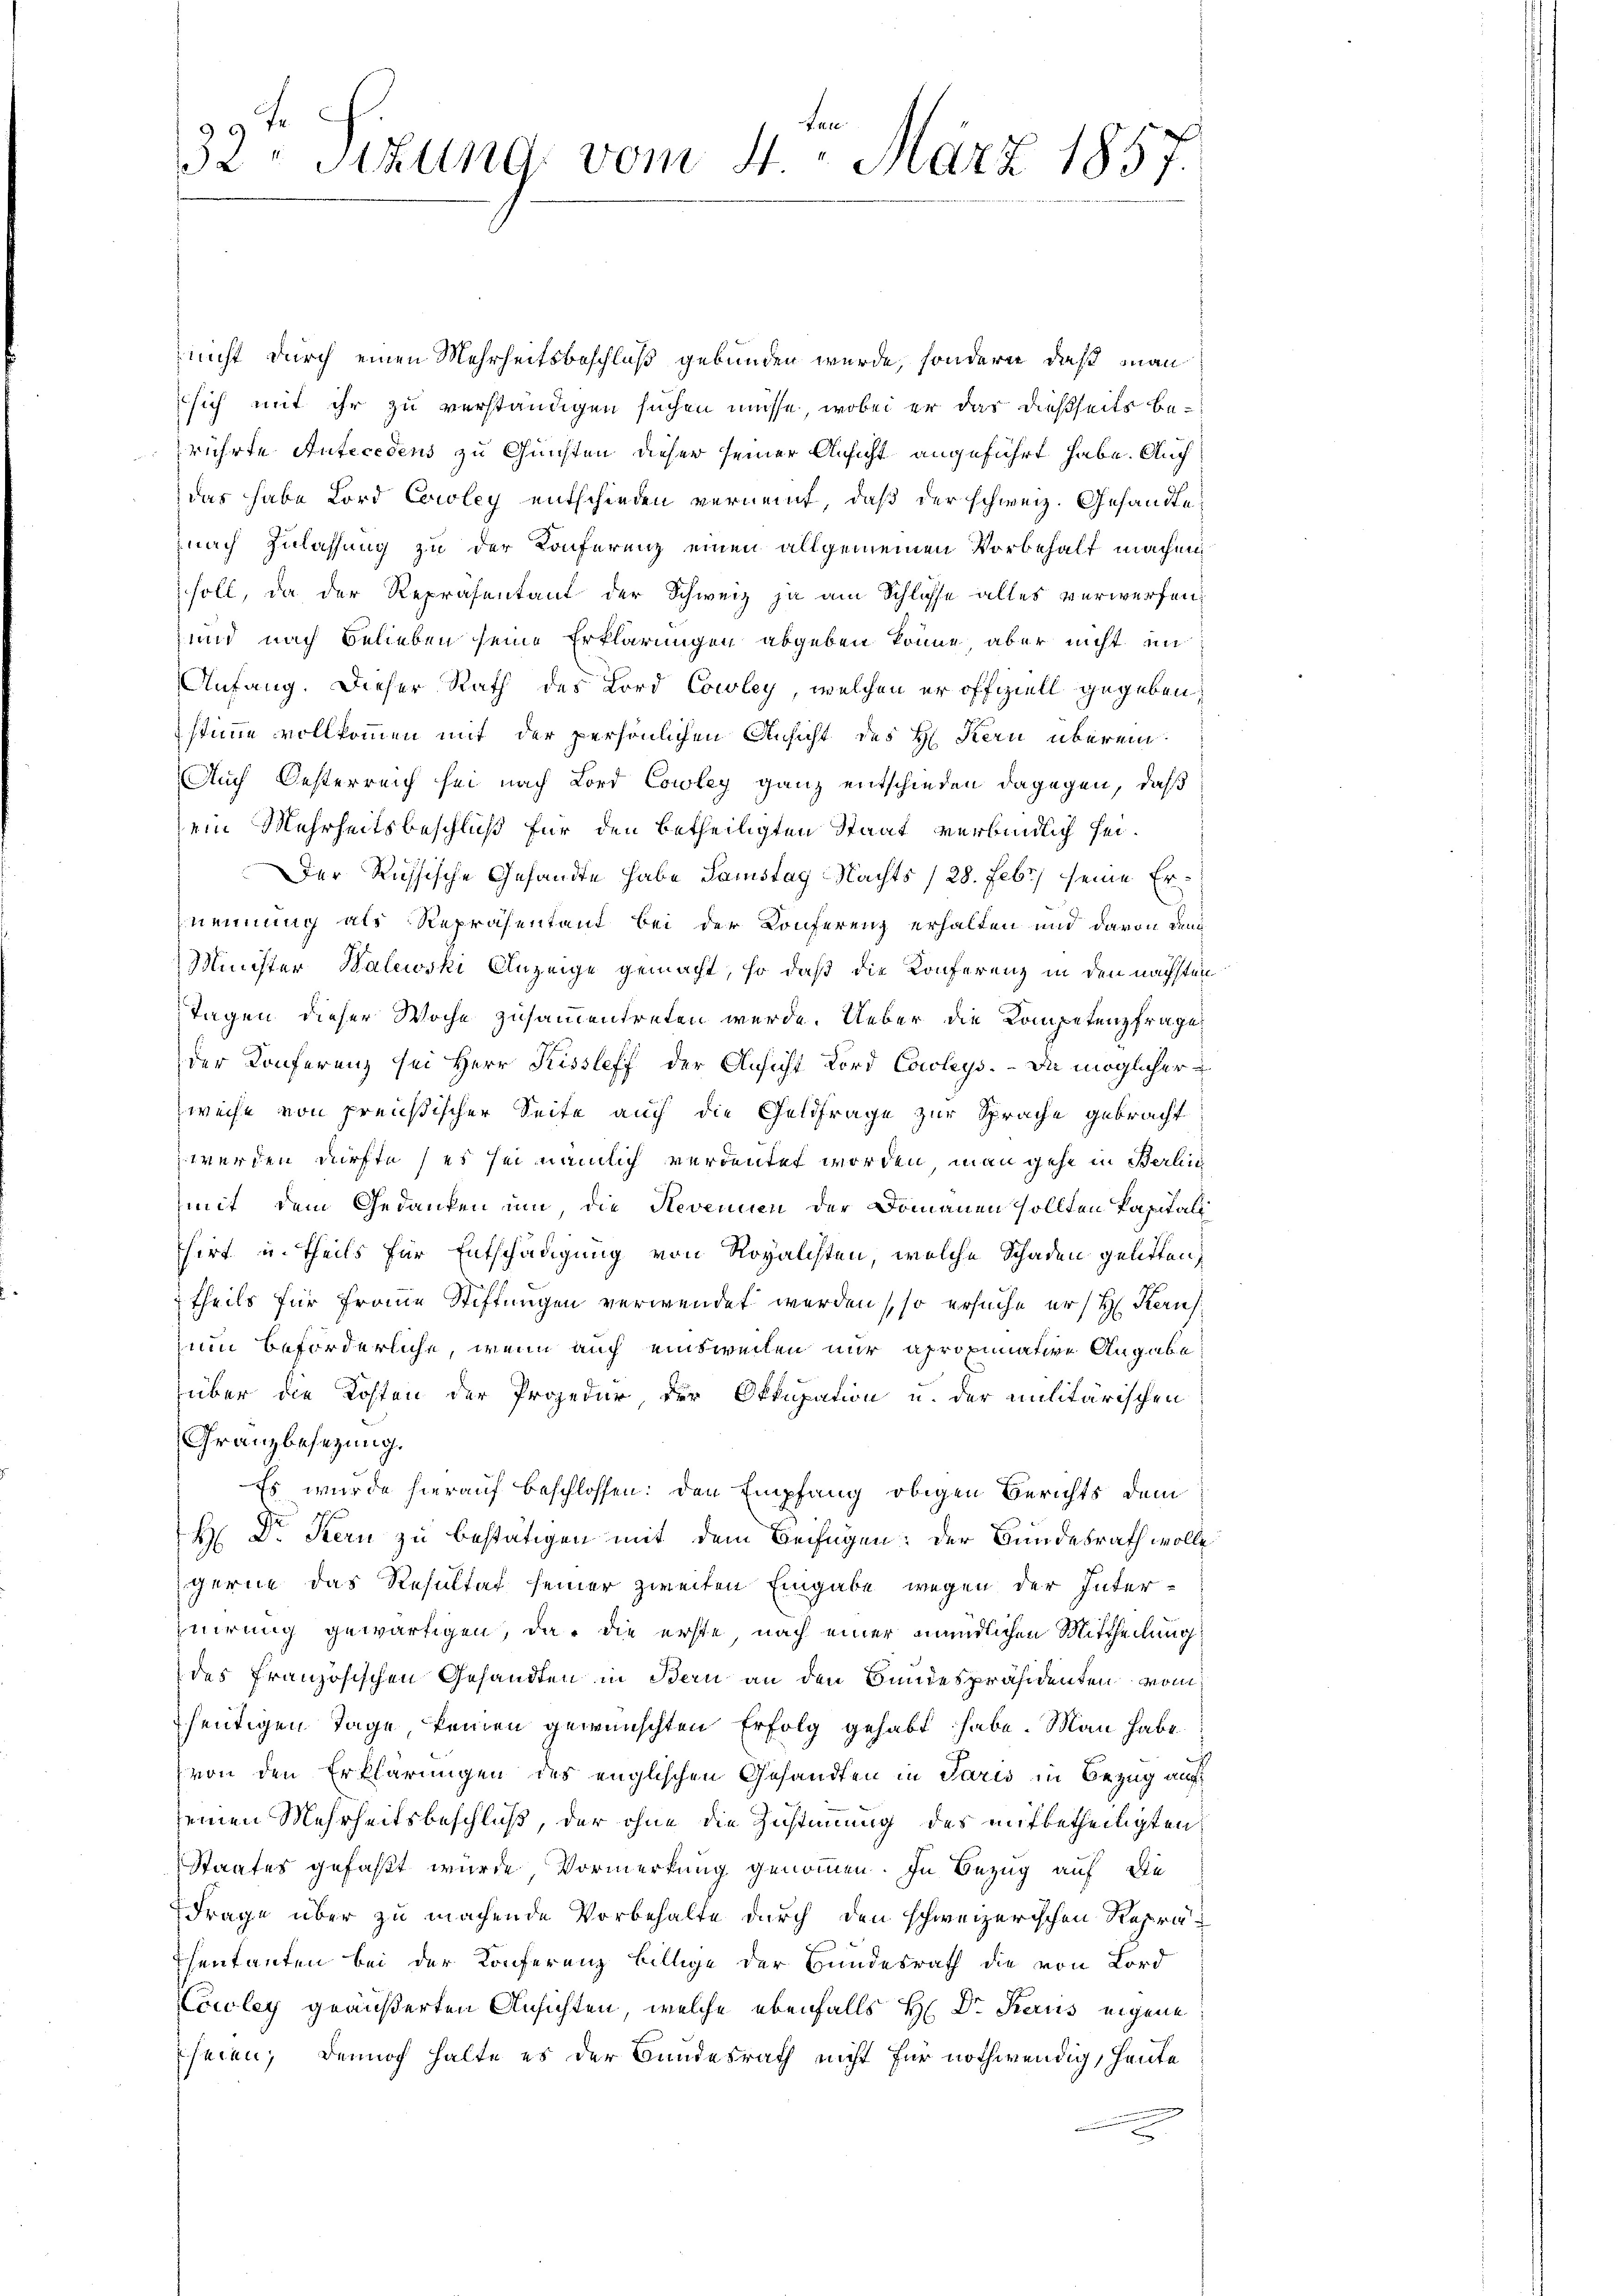
ber
32 Sitzung vom 4. März 1857.

nicht durch einen Mehrheitsbeschluß gebunden wurde, sondern, daß man
sich mit ihr zu verständigen suchen müsse, wobei er das dießseits berührte Antecedens zu Gunsten dieser seiner Ansicht angeführt habe. Auch
das habe Lord Caroley entschieden verneint, daß der schweiz. Gesandte
nach Zulassung zu der Konferenz einen allgemeinen Vorbehalt machen
soll, da der Repräsentant der Schweiz ja am Schlüsse alles verwerfen,
und nach Belieben seine Erklärungen abgeben könne, aber nicht im
Anfang. Dieser Rath des Lord Cowley, welchen er offiziell gegeben,
stimme vollkommen mit der persönlichen Ansicht des H. Kern überein
Auch Oesterreich sei nach Lord Cowley ganz entschieden dagegen, daß
ein Mehrheitsbeschluß für den betheiligten Staat verbindlich sei.
Der Russische Gesandte habe Samstag Nachts (28. Febr. seine Ernennung als Repräsentant bei der Konferenz erhalten und davon den
Minister Walewski Anzeige gemacht, so daß die Konferenz in den nächsten
Tagen dieser Woche zusammentreten werde. Ueber die Kompetenzfrage
der Konferenz sei Herr Kissleff der Ansicht Lord Cowlys. – Du möglicher
Zweife von preußischer Seite auch die Geldfrage zur Sprache gebracht
 werden dürfte, es sei nämlich verdeutet worden, man gehe in Berlic
mit dem Gedanken um die Revenuin der Domänen sollten Kapital
hirt u. theils für Entschädigung von Royalchten, welche Schaden gelitten,
theils für Fraue Stiftungen verwendet werden so ersuche erst Kern
zum beförderliche, wenn auch einsweilen nur apropinative Angabe
über die Kosten der Prozedur der Okkupation u. der militärischen
Granzbesezung.
Es wurde hierauf beschlossen: den Empfang obigen Berichts dem
H: Dr. Kern zu bestätigen mit dem Beifügen: Der Bundesrath wolle
gerne das Resultat seiner zweiten Eingabe wegen der Interjuirung gewärtigen, da die erste, nach einer mündlichen Mittheilung
des französischen Gesandten in Bern an den Bundespräsidenten vom
heutigen Tage keinen gewünschten Erfolg gehabt habe. Man habe
von den Erklärungen des englischen Gesandten in Paris in Bezug auf
seinen Mehrheitsbeschluß, der ohne die Zustimmung des mitbetheiligten
Staates gefaßt wurde, Vormerkung genommen. In Bezug auf die
Frage über zu machende Vorbehalte durch den schweizerischen Repräsentanten bei der Konferenz billige der Bundesrath die von Lord
Couley geäußerten Ansichten, welche ebenfalls H: Dr. Karus eigene
seien; dennoch halte es der Bundesrath nicht für nothwendig, heute